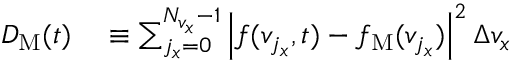
\begin{array} { r l } { D _ { \mathrm { M } } ( t ) } & { { } \equiv \sum _ { j _ { x } = 0 } ^ { N _ { v _ { x } } - 1 } \left| f ( v _ { j _ { x } } , t ) - f _ { \mathrm { M } } ( v _ { j _ { x } } ) \right| ^ { 2 } \Delta v _ { x } } \end{array}